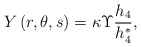
\begin{align*}Y\left( r,\theta ,s\right) =\kappa \Upsilon \frac{h_4}{h_4^{*}},\end{align*}